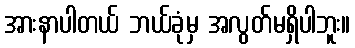
အားနာပါတယ် ဘယ်ခုံမှ အလွတ်မရှိပါဘူး။